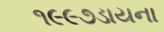
૧૯૯૭ડાયના